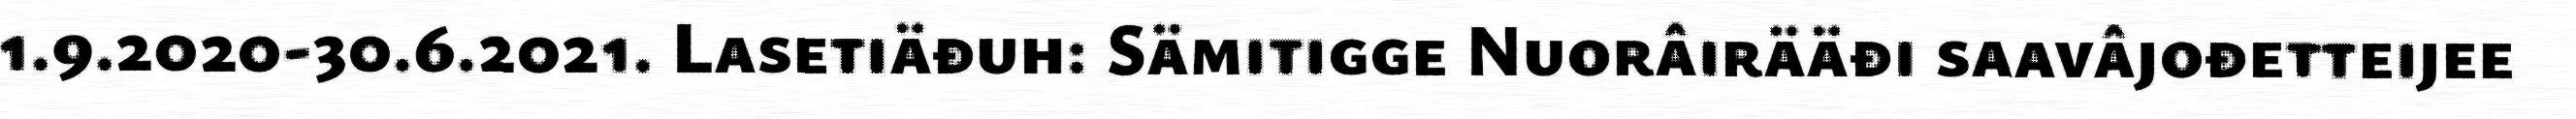
1.9.2020-30.6.2021. Lasetiäđuh: Sämitigge Nuorâirääđi saavâjođetteijee